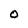
Character: O